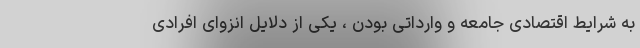
به شرایط اقتصادی جامعه و وارداتی بودن ، یکی از دلایل انزوای افرادی